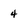
Character: 4